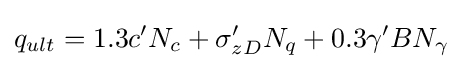
q_{ult}=1.3c'N_{c}+\sigma '_{zD}N_{q}+0.3\gamma 'BN_{\gamma }\